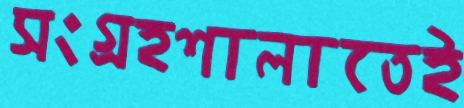
সংগ্রহশালাতেই